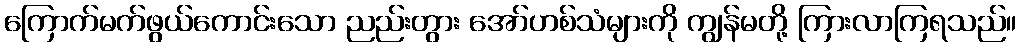
ကြောက်မက်ဖွယ်ကောင်းသော ညည်းတွား အော်ဟစ်သံများကို ကျွန်မတို့ ကြားလာကြရသည်။